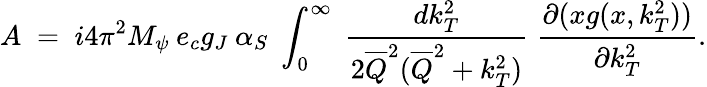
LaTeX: A\; =\; i4\pi^{2}M_{\psi}\: e_{c}g_{J}\: \alpha_{S}\; \int_{0}^{\infty}\; \frac{dk_{T}^{2}}{2\overline{{{Q}}}^{2}(\overline{{{Q}}}^{2}+k_{T}^{2})}\; \frac{\partial(xg(x,k_{T}^{2}))}{\partial k_{T}^{2}}.